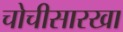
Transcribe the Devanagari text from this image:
चोचीसारखा